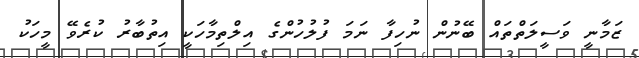
ޒަމާނީ ވަސީލަތްތައް ބޭނުން ނުހިފާ ނަމަ ފުލުހުންގެ އިލްތިމާހަކީ އިތުބާރު ކުރެވޭ މީހަކު